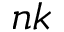
n k